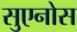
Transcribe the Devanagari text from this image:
सुएनोस